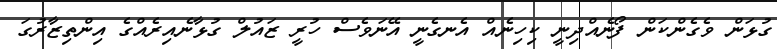
ގުޅަން ވެގެންކަން ފޯނެއްދިނީ ކިހިނެއް އެނގެނީ އޭނަވެސް ހުރީ ޒައުލް ގުޅާނެއިރެއްގެ އިންތިޒާރުގަ